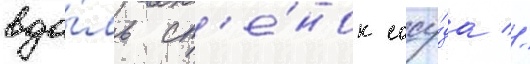
вдо́ль ст'е́нок сосу́да //